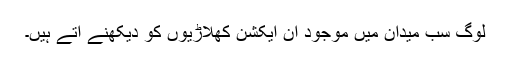
لوگ سب میدان میں موجود اِن ایکشن کھلاڑیوں کو دیکھنے آتے ہیں۔